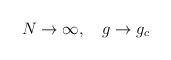
\begin{align*}N \to \infty, \quad g \to g_c\end{align*}